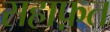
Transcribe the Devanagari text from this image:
सहाफ़त